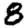
Digit: 8